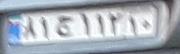
۸۱ج۱۱۲۱۰